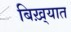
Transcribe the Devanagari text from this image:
बिख़्यात